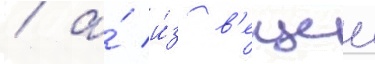
/ а́ и́з в'ещеи